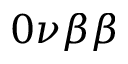
0 \nu \beta \beta